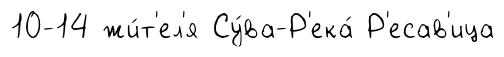
10-14 жи́т'ел'я Су́ва-Р'ека́ Р'есав'ица